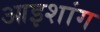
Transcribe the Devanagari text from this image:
आइशांग